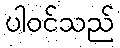
ပါဝင်သည်